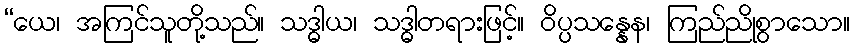
“ယေ၊ အကြင်သူတို့သည်။ သဒ္ဓါယ၊ သဒ္ဓါတရားဖြင့်။ ဝိပ္ပသန္နေန၊ ကြည်ညိုစွာသော။